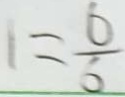
1 = \frac { 6 } { 6 }